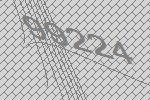
99224